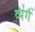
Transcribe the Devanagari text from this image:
व्यंगे